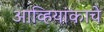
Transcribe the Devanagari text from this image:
आव्हियांकाचे